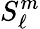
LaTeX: S_{\ell}^{m}